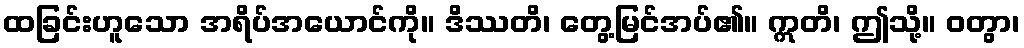
ထခြင်းဟူသော အရိပ်အယောင်ကို။ ဒိဿတိ၊ တွေ့မြင်အပ်၏။ ဣတိ၊ ဤသို့။ ဝတွာ၊